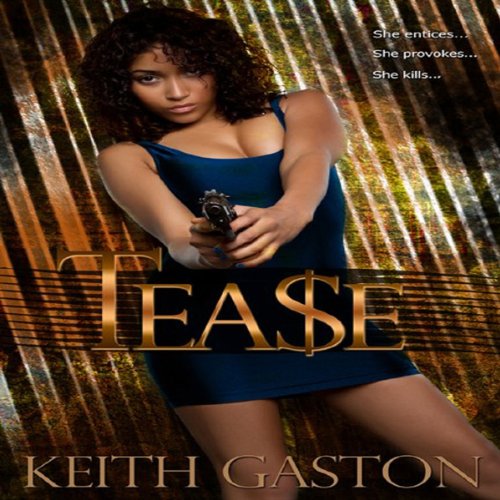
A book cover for Tease; Keith Gaston; Mystery, Thriller & Suspense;